Annual report of the Punjab Veterinary College and of the Civil Veterinary Department, Punjab - 1894-1908
Year: 1894
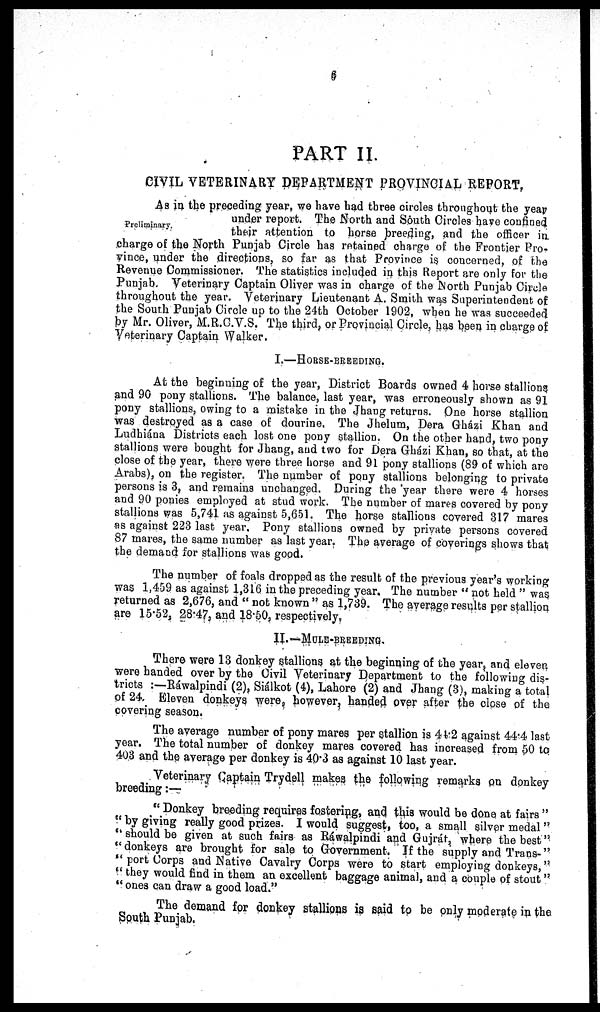
6
PART II.
CIVIL VETERINARY DEPARTMENT PROVINCIAL REPORT.
Preliminary.
As in the preceding year, we have had three circles throughout the year
under report. The North and South Circles have confined
Preliminary. their attention to horse breeding, and the officer in
charge of the North Punjab Circle has retained charge of the Frontier Pro-
vince, under the directions, so far as that Province is concerned, of the
Revenue Commissioner. The statistics included in this Report are only for the
Punjab. Veterinary Captain Oliver was in charge of the North Punjab Circle
throughout the year. Veterinary Lieutenant A. Smith was Superintendent of
the South Punjab Circle up to the 24th October 1902, when he was succeeded
by Mr. Oliver, M.R.C.V.S. The third, or Provincial Circle, has been in charge of
Veterinary Captain Walker.
I.—HORSE-BREEDING.
At the beginning of the year, District Boards owned 4 horse stallions
and 90 pony stallions. The balance, last year, was erroneously shown as 91
pony stallions, owing to a mistake in the Jhang returns. One horse stallion
was destroyed as a case of dourine, The Jhelum, Dera Gházi Khan and
Ludhiána Districts each lost one pony stallion. On the other hand, two pony
stallions were bought for Jhang, and two for Dera Gházi Khan, so that, at the
close of the year, there were three horse and 91 pony stallions (89 of which are
Arabs), on the register. The number of pony stallions belonging to private
persons is 3, and remains unchanged. During the year there were 4 horses
and 90 ponies employed at stud work. The number of mares covered by pony
stallions was 5,741 as against 5,651. The horse stallions covered 317 mares
as against 223 last year. Pony stallions owned by private persons covered
87 mares, the same number as last year. The average of coverings shows that
the demand for stallions was good.
The number of foals dropped as the result of the previous year's working
was 1,459 as against 1,316 in the preceding year. The number " not held " was,
returned as 2,676, and " not known " as 1,739. The average results per stallion
are 15.52, 28.47, and 18.50, respectively.
II.—MULE-BREEDING.
There were 13 donkey stallions at the beginning of the year, and eleven
were handed over by the Civil Veterinary Department to the following dis-
tricts :—Ráwalpindi (2), Siálkot (4), Lahore (2) and Jhang (3), making a total
of 24. Eleven donkeys were, however, handed over after the close of the
covering season.
The average number of pony mares per stallion is 44.2 against 44.4 last
year. The total number of donkey mares covered has increased from 50 to
403 and the average per donkey is 40.3 as against 10 last year.
Veterinary Captain Trydell makes the following remarks on donkey
breeding:—
" Donkey breeding requires fostering, and this would be done at fairs "
" by giving really good prizes. I would suggest, too, a small silver medal "
" should be given at such fairs as Ráwalpindi and Gujrát, where the best"
"donkeys are brought for sale to Government. If the supply and Trans-"
" port Corps and Native Cavalry Corps were to start employing donkeys,"
" they would find in them an excellent baggage animal, and a couple of stout "
" ones can draw a good load."
The demand for donkey stallions is said to be only moderate in the
South Punjab.